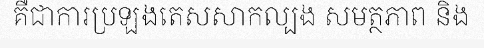
គឺជាការប្រឡងតេសសាកល្បង សមត្ថភាព និង